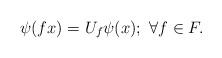
LaTeX: \begin{align*} \psi(fx)=U_f\psi(x); \ \forall f \in F. \end{align*}